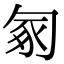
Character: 𠣥